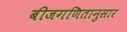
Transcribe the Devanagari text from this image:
बीजगणितानुसार